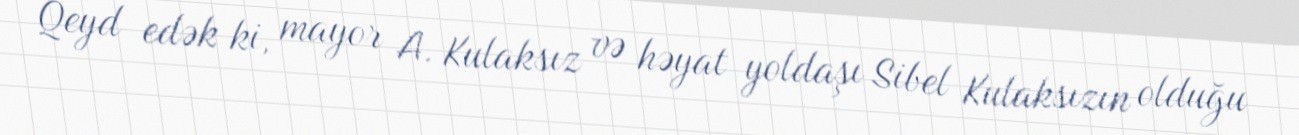
Qeyd edək ki, mayor A. Kulaksız və həyat yoldaşı Sibel Kulaksızın olduğu